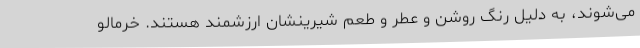
می‌شوند، به دلیل رنگ روشن و عطر و طعم شیرینشان ارزشمند هستند. خرمالو